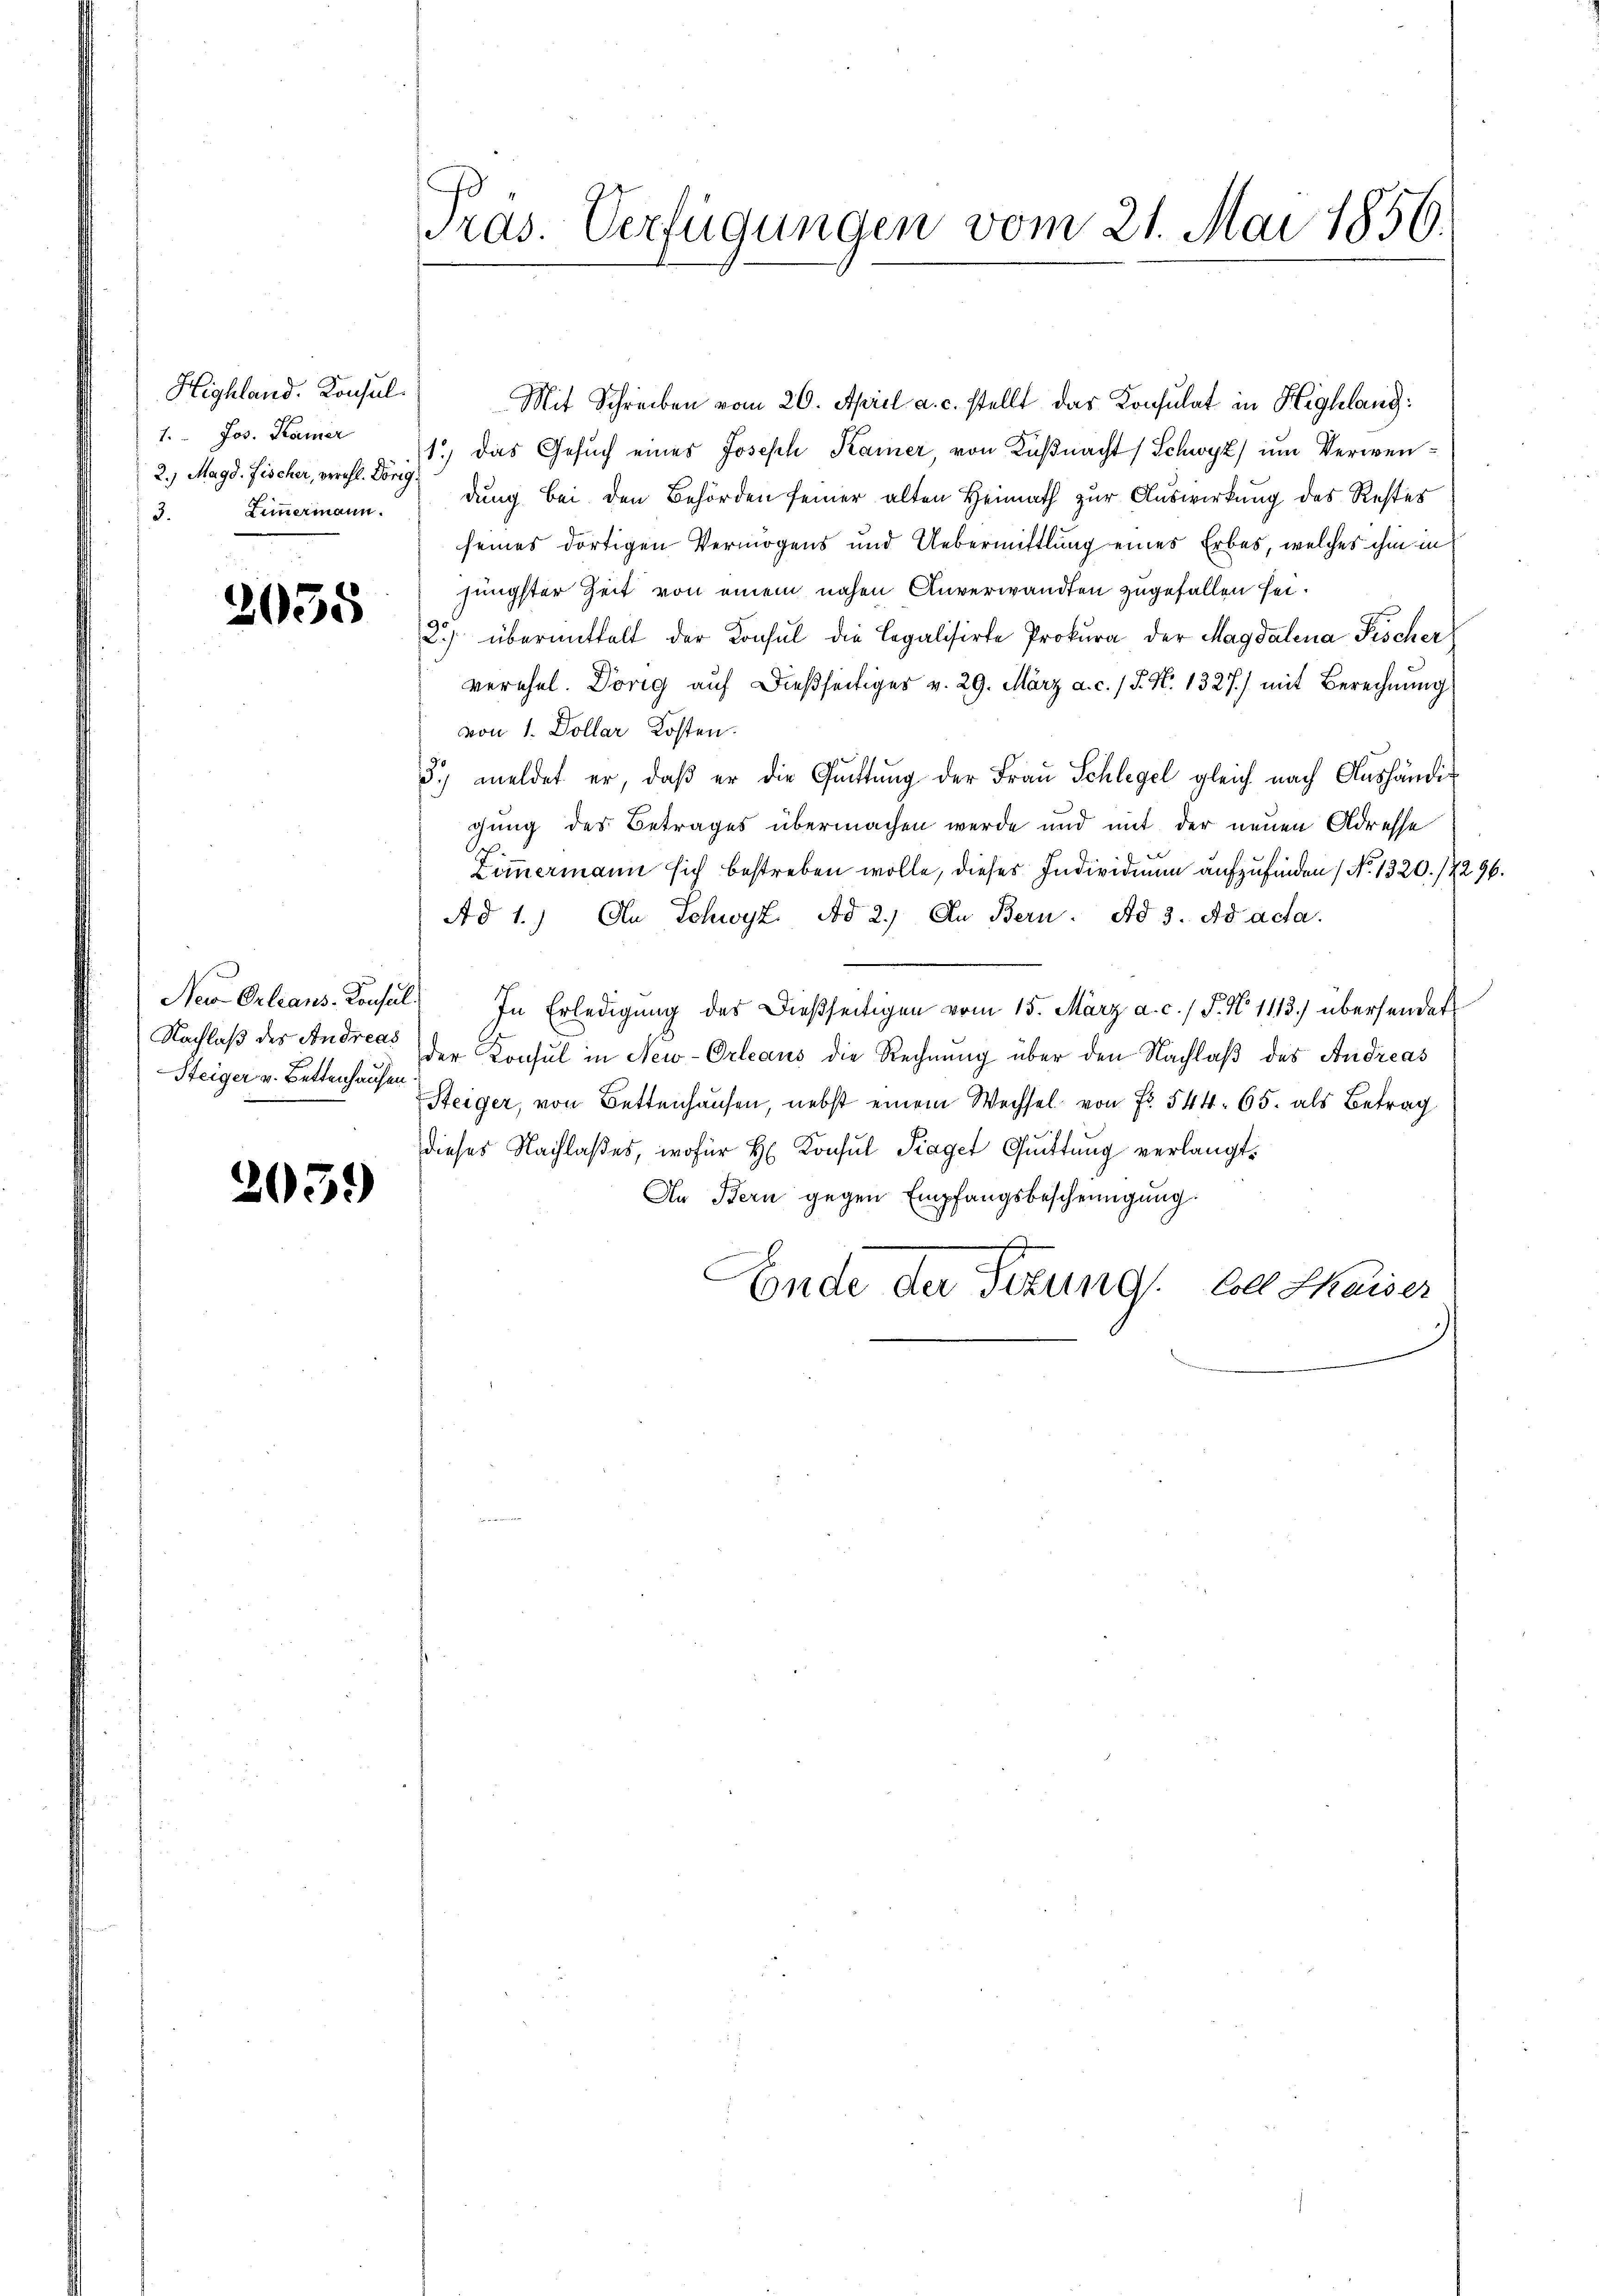
Highland. Konsul
1. Jos. Kamer
2.) Magd. Fischer, verehl. Dörig
3. Zimmermann.

2055

Neu Orleans-Consul
Nachlaß des Andreas
Steiger v. Bettenhausen

.

05.

s
ras. Verfügungen vom 21. Mai 1856.

Mit Schreiben vom 20. April a. c. stellt das Konsulat in Highlang:
1.) Das Gesuch eines Joseph Kamer, von Küßnacht (Schwyz) um Verwendung bei den Behörden seiner alten Heimath zur Auswirkung des Restes
seines dortigen Vermögens und Uebermittlung eines Erbes, welches ihm in
jüngster Zeit von einem nahen Anverwandten zugefallen sei.
2) übermittelt der Konsul die Legalisirte Prokura der Magdalena Fischer
verehel. Dörig auf dießseitiger v. 29. März a. c. 1 S. N. 1327) mit Berechnung
von 1. Dollar Kosten.
5) meldet er, daβ er die Gŭttŭng der Fraŭ Schlegel gleich nach Aushändig
gung des Betrages übermachen werde und mit der neuen Adresse
Zimmermann sich bestreben wolle, dieses Individium aufzufinden No. 1320. 14296.
Ad 1.) An Schwyz. Ad 2.) An Bern. Ad 3. Ad ada
In Erledigung des dießseitigen vom 15. März a. c. / P. N. 1113.) übersendet
der Konsul in New-Orleaus die Rechnung über den Nachlaß des Andreas
Steiger, von Bettenhausen, nebst einem Wechsel von Fr. 544. 65. als Betrag
dieses Nachlaßes, wofür H. Konsul Fraget Quittung verlangt.
An Bern gegen Empfangsbescheinigung.
Ende der Sitzung soll Chaiser